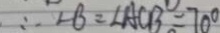
\therefore \angle B = \angle A C B = 7 0 ^ { \circ }